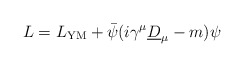
\begin{align*}L = L_{\rm YM} + \bar{\psi} (i \gamma^\mu\underline{D}_\mu - m) \psi\end{align*}